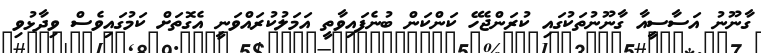
ގާނޫނު އަސާސީއާ ގާނޫނުތަކުގައި ކުރަންޖެހޭ ކަންކަން ބުނެފައިވާތީ އަމަލުކުރައްވަނީ އެގޮތަށް ކަމުގައިވެސް ވިދާޅުވި